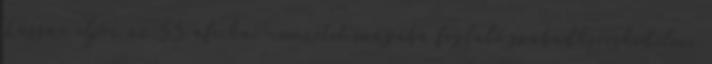
Lassan eljön az 55 afrikai nemzetet magába foglaló szabadkereskedelmi